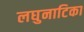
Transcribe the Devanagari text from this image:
लघुनाटिका